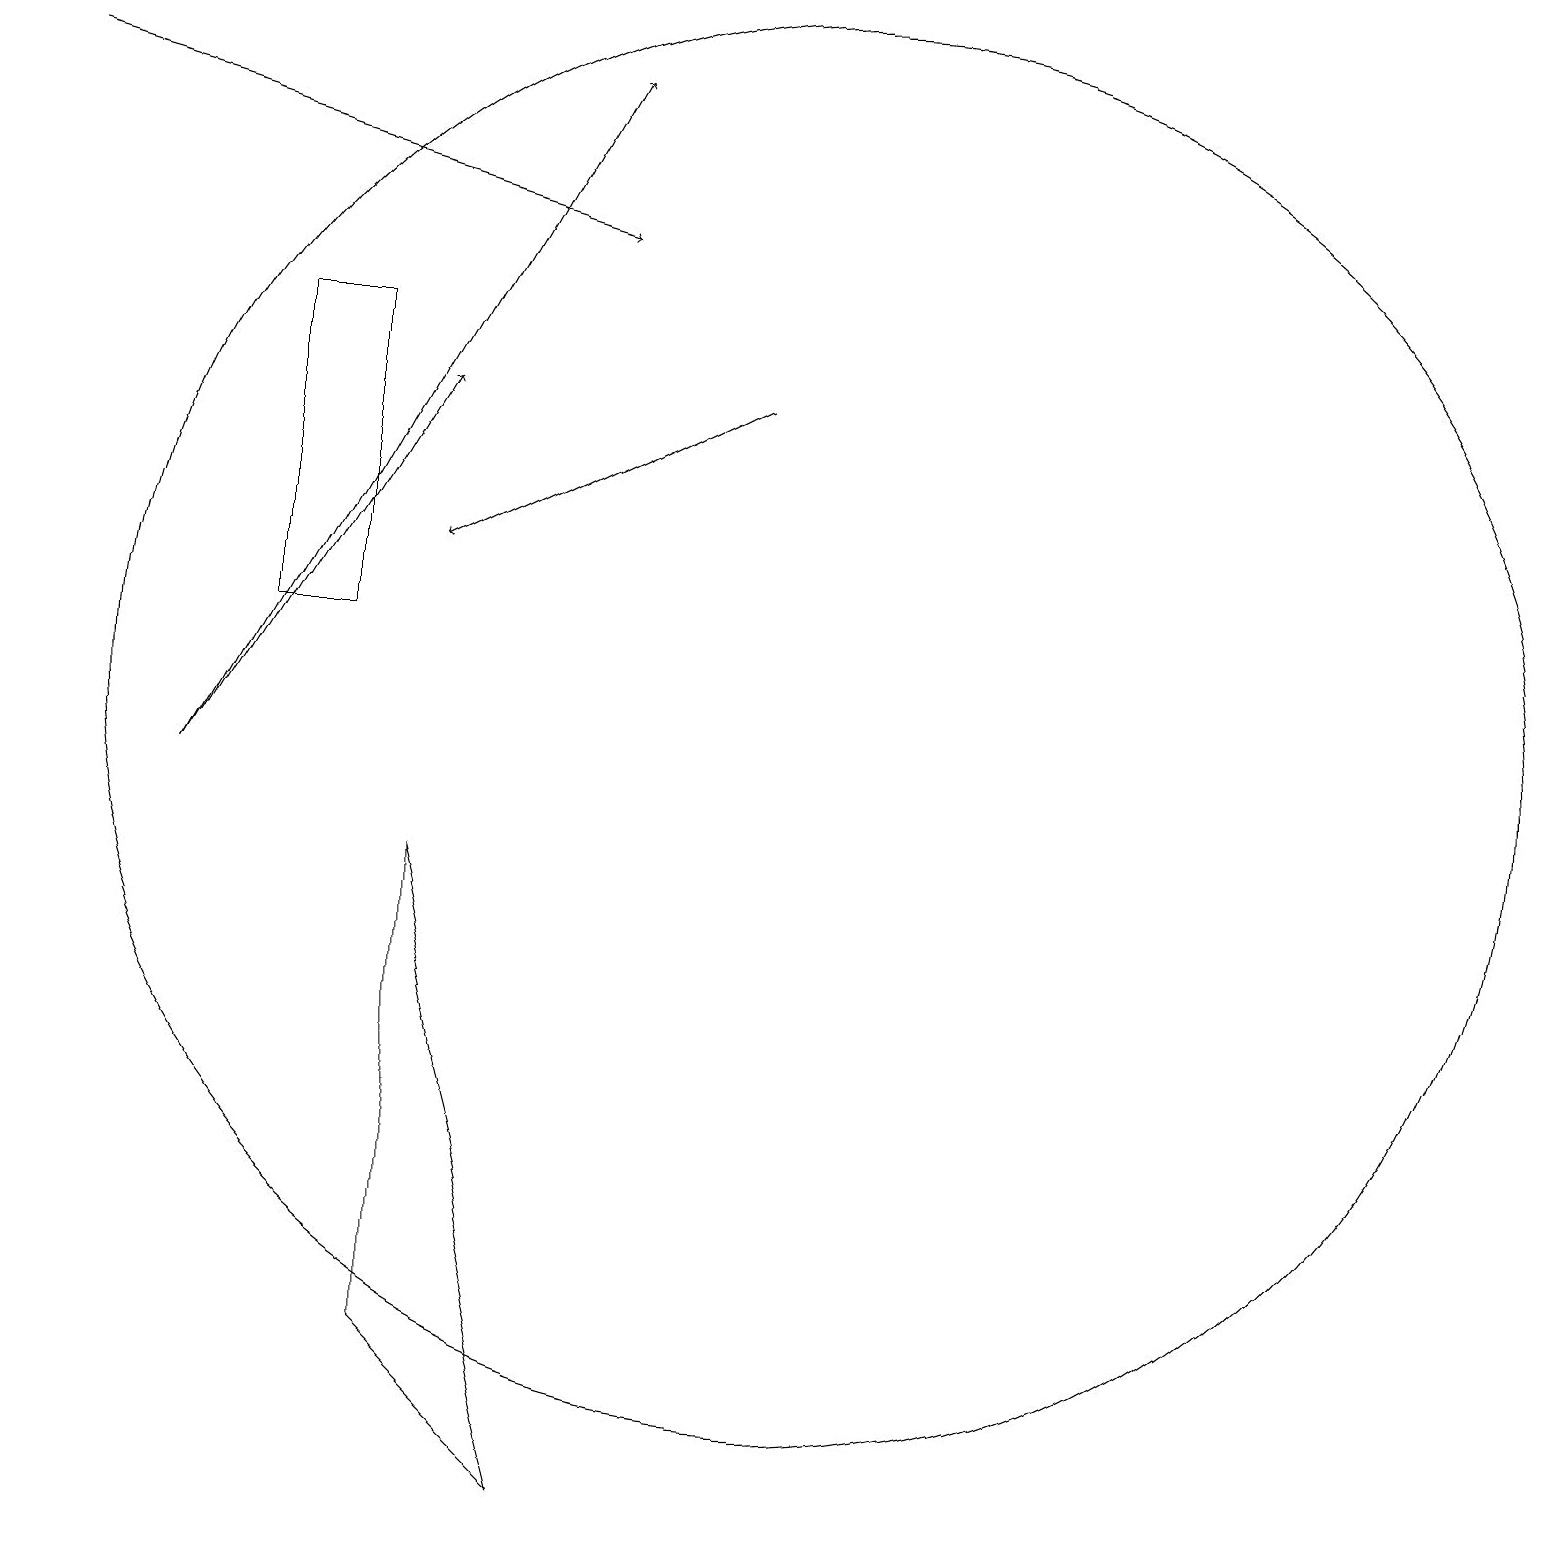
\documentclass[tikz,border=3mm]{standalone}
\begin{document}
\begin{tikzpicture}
\draw[->] (2,10) -- (5,15);
\draw[->] (0,19) -- (7,17);
\draw (10,11) circle (9);
\draw (3,12) rectangle (4,16);
\draw (7,1) -- (5,3) -- (5,9) -- cycle;
\draw[->] (2,10) -- (7,19);
\draw[->] (9,15) -- (5,13);
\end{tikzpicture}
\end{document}